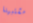
مشتبهنا